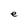
Character: e